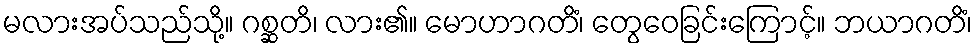
မလားအပ်သည်သို့။ ဂစ္ဆတိ၊ လား၏။ မောဟာဂတိံ၊ တွေဝေခြင်းကြောင့်။ ဘယာဂတိံ၊